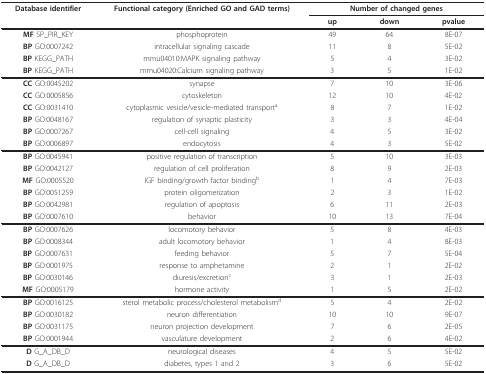
<table><thead><tr><td><b>Database identifier</b></td><td><b>Functional category (Enriched GO and GAD terms)</b></td><td colspan="3"><b>Number of changed genes</b></td></tr><tr><td></td><td></td><td><b>up</b></td><td><b>down</b></td><td><b>pvalue</b></td></tr></thead><tbody><tr><td><b>MF </b>SP_PIR_KEY</td><td>phosphoprotein</td><td>49</td><td>64</td><td>8E-07</td></tr><tr><td><b>BP </b>GO:0007242</td><td>intracellular signaling cascade</td><td>11</td><td>8</td><td>5E-02</td></tr><tr><td><b>BP </b>KEGG_PATH</td><td>mmu04010:MAPK signaling pathway</td><td>5</td><td>4</td><td>3E-02</td></tr><tr><td><b>BP </b>KEGG_PATH</td><td>mmu04020:Calcium signaling pathway</td><td>3</td><td>5</td><td>1E-02</td></tr><tr><td><b>CC </b>GO:0045202</td><td>synapse</td><td>7</td><td>10</td><td>3E-06</td></tr><tr><td><b>CC </b>GO:0005856</td><td>cytoskeleton</td><td>12</td><td>10</td><td>4E-02</td></tr><tr><td><b>CC </b>GO:0031410</td><td>cytoplasmic vesicle/vesicle-mediated transport<sup>a</sup></td><td>8</td><td>7</td><td>1E-02</td></tr><tr><td><b>BP </b>GO:0048167</td><td>regulation of synaptic plasticity</td><td>3</td><td>3</td><td>4E-04</td></tr><tr><td><b>BP </b>GO:0007267</td><td>cell-cell signaling</td><td>4</td><td>5</td><td>3E-02</td></tr><tr><td><b>BP </b>GO:0006897</td><td>endocytosis</td><td>4</td><td>3</td><td>5E-02</td></tr><tr><td><b>BP </b>GO:0045941</td><td>positive regulation of transcription</td><td>5</td><td>10</td><td>3E-03</td></tr><tr><td><b>BP </b>GO:0042127</td><td>regulation of cell proliferation</td><td>8</td><td>9</td><td>2E-03</td></tr><tr><td><b>MF </b>GO:0005520</td><td>IGF binding/growth factor binding<sup>b</sup></td><td>1</td><td>4</td><td>7E-03</td></tr><tr><td><b>BP </b>GO:0051259</td><td>protein oligomerization</td><td>2</td><td>3</td><td>1E-02</td></tr><tr><td><b>BP </b>GO:0042981</td><td>regulation of apoptosis</td><td>6</td><td>11</td><td>2E-03</td></tr><tr><td><b>BP </b>GO:0007610</td><td>behavior</td><td>10</td><td>13</td><td>7E-04</td></tr><tr><td><b>BP </b>GO:0007626</td><td>locomotory behavior</td><td>5</td><td>8</td><td>4E-03</td></tr><tr><td><b>BP </b>GO:0008344</td><td>adult locomotory behavior</td><td>1</td><td>4</td><td>8E-03</td></tr><tr><td><b>BP </b>GO:0007631</td><td>feeding behavior</td><td>5</td><td>7</td><td>5E-04</td></tr><tr><td><b>BP </b>GO:0001975</td><td>response to amphetamine</td><td>2</td><td>1</td><td>2E-02</td></tr><tr><td><b>BP </b>GO:0030146</td><td>diuresis/excretion<sup>c</sup></td><td>3</td><td>1</td><td>2E-03</td></tr><tr><td><b>MF </b>GO:0005179</td><td>hormone activity</td><td>1</td><td>5</td><td>2E-02</td></tr><tr><td><b>BP </b>GO:0016125</td><td>sterol metabolic process/cholesterol metabolism<sup>d</sup></td><td>5</td><td>4</td><td>2E-02</td></tr><tr><td><b>BP </b>GO:0030182</td><td>neuron differentiation</td><td>10</td><td>10</td><td>9E-07</td></tr><tr><td><b>BP </b>GO:0031175</td><td>neuron projection development</td><td>7</td><td>6</td><td>2E-05</td></tr><tr><td><b>BP </b>GO:0001944</td><td>vasculature development</td><td>2</td><td>6</td><td>4E-02</td></tr><tr><td><b>D </b>G_A_DB_D</td><td>neurological diseases</td><td>4</td><td>5</td><td>5E-02</td></tr><tr><td><b>D </b>G_A_DB_D</td><td>diabetes, types 1 and 2</td><td>3</td><td>6</td><td>5E-02</td></tr></tbody></table>